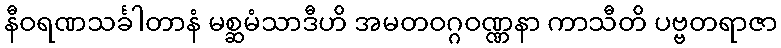
နီဝရဏသင်္ခါတာနံ မစ္ဆမံသာဒီဟိ အမတဝဂ္ဂဝဏ္ဏနာ ကာသီတိ ပဗ္ဗတရာဇာ